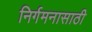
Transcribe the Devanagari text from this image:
निर्गमनासाठी